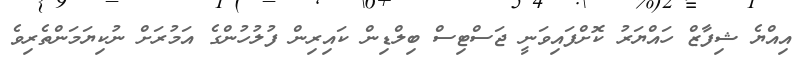
އިއްޔެ ޝިފާޒް ހައްޔަރު ކޮށްފައިވަނީ ޖަސްޓިސް ބިލްޑިން ކައިރިން ފުލުހުންގެ އަމުރަށް ނުކިޔަމަންތެރިވެ